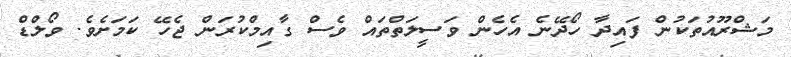
މަޝްރޫއުތަކުން ފައިދާ ހޯދޭނެ އެހެން ވަސީލަތްތައް ވެސް ގާއިމްކުރަން ޖެހޭ ކަމަށެެވެ. ވޯލްޑް